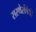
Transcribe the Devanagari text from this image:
सस्थेसंबंधी